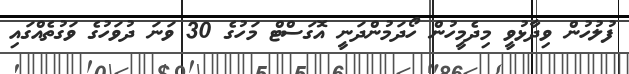
ފުލުހުން ވިދާޅުވީ މިދެމީހުން ހޯދަމުންދަނީ އޮގަސްޓް މަހުގެ 30 ވަނަ ދުވަހުގެ ވަގުތެއްގައި